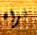
نراه